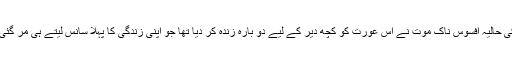
ماں کی حالیہ افسوس ناک موت نے اس عورت کو کچھ دیر کے لیے دو بارہ زندہ کر دیا تھا جو اپنی زندگی کا پہلا سانس لیتے ہی مر گئی تھی۔